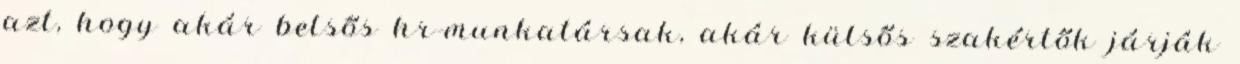
azt, hogy akár belsős hr-munkatársak, akár külsős szakértők járják